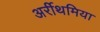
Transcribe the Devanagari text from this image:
अर्रीथमिया